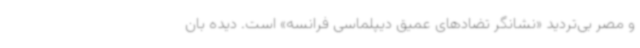
و مصر بی‌تردید «نشانگر تضادهای عمیق دیپلماسی فرانسه» است. دیده بان